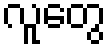
လူတွေ